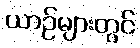
ယာဉ်များတွင်